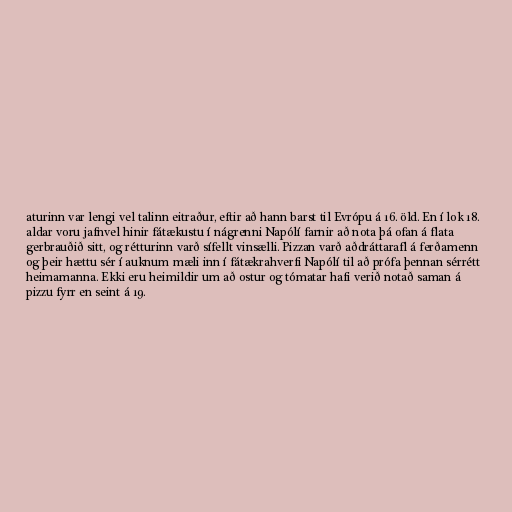
aturinn var lengi vel talinn eitraður, eftir að hann barst til Evrópu á 16. öld. En í lok 18.
aldar voru jafnvel hinir fátækustu í nágrenni Napólí farnir að nota þá ofan á flata
gerbrauðið sitt, og rétturinn varð sífellt vinsælli. Pizzan varð aðdráttarafl á ferðamenn
og þeir hættu sér í auknum mæli inn í fátækrahverfi Napólí til að prófa þennan sérrétt
heimamanna. Ekki eru heimildir um að ostur og tómatar hafi verið notað saman á
pizzu fyrr en seint á 19.